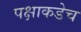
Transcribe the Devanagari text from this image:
पक्षाकडेच